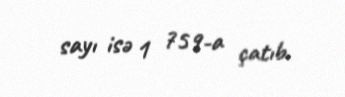
sayı isə 1 759-a çatıb.